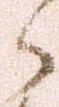
郎